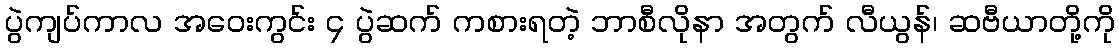
ပွဲကျပ်ကာလ အဝေးကွင်း ၄ ပွဲဆက် ကစားရတဲ့ ဘာစီလိုနာ အတွက် လီယွန်၊ ဆဗီယာတို့ကို